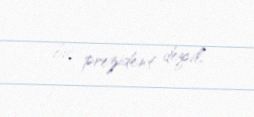
bic prezident deyil.